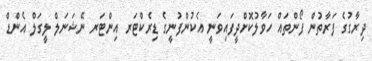
ދިރާގުގެ ފަރާތުން ފޯންތައް ހަވާލުކޮށްދީފައިވަނީ އެކުންފުނީގެ ޑިރެކްޓަރ އިންޓަރ ނޭޝަނަލް ލީގަލް އެންޑް